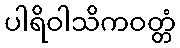
ပါရိဝါသိကဝတ္တံ